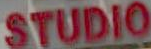
STUDIO